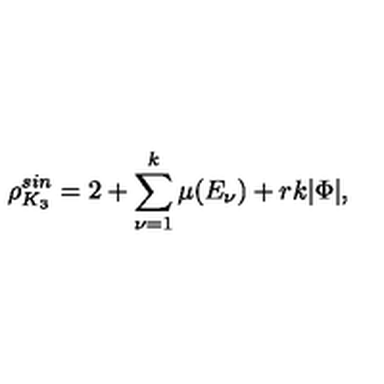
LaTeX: \rho _ { K _ { 3 } } ^ { s i n } = 2 + \sum _ { \nu = 1 } ^ { k } \mu ( E _ { \nu } ) + r k | \Phi | ,